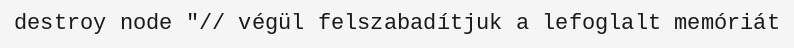
destroy node "// végül felszabadítjuk a lefoglalt memóriát